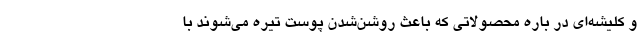
و کلیشه‌ای در باره محصولاتی که باعث روشن‌شدن پوست تیره می‌شوند با